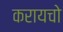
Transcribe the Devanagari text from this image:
करायचो